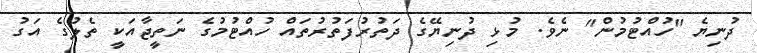
ދުނިޔެ "ހުއްޓުމުން" ނެވެ. މުޅި ދުނިޔޭގެ ދަތުރުފަތުރުތައް ހުއްޓުމުގެ ނަތީޖާއަކީ ތެލުގެ އަގު